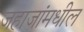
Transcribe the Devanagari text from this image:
जहाजांमधील